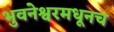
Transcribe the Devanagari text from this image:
भुवनेश्वरमधूनच